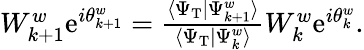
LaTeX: \begin{array}{r}{W_{{k+1}}^{w}\mathrm{e}^{i\theta_{{k+1}}^{w}}=\frac{\langle\Psi_{\mathrm{T}}|\Psi_{k+1}^{w}\rangle}{\langle\Psi_{\mathrm{T}}|\Psi_{k}^{w}\rangle}W_{k}^{w}\mathrm{e}^{i\theta_{k}^{w}}.}\end{array}